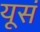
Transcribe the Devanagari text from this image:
यूसं